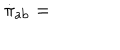
LaTeX: \dot { \pi } _ { \mathrm { a b } } =